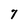
Character: 7